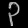
Digit: ၃